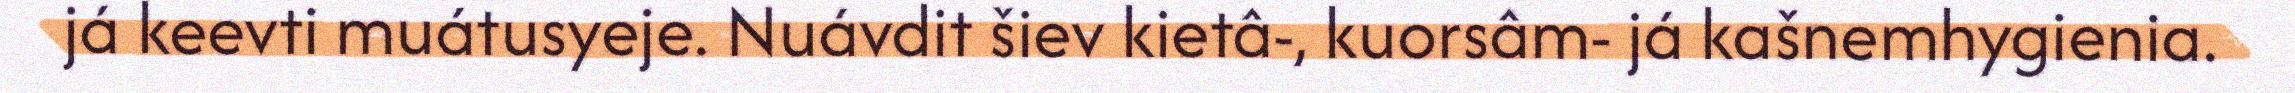
já keevti muátusyeje. Nuávdit šiev kietâ-, kuorsâm- já kašnemhygienia.